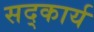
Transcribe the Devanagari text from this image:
सद्कार्य